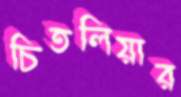
চিতলিয়ার